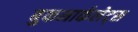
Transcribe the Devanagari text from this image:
बुकमार्कलेट्स